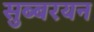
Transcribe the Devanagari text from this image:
सुब्बरयन